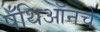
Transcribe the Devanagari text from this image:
पँथिऑनचे